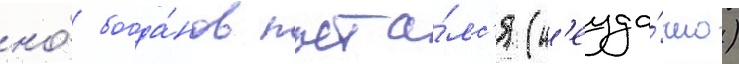
но́ богда́нов пыта́лс'я (н'еуда́чно)